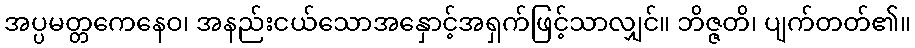
အပ္ပမတ္တကေနေဝ၊ အနည်းငယ်သောအနှောင့်အရှက်ဖြင့်သာလျှင်။ ဘိဇ္ဇတိ၊ ပျက်တတ်၏။